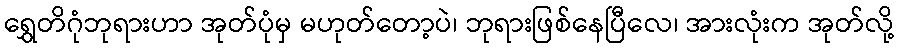
ရွှေတိဂုံဘုရားဟာ အုတ်ပုံမှ မဟုတ်တော့ပဲ၊ ဘုရားဖြစ်နေပြီလေ၊ အားလုံးက အုတ်လို့